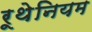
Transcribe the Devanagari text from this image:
रूथेनियम